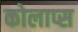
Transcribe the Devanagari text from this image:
कोलाप्स